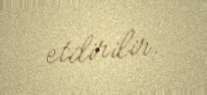
etdirilir.